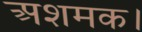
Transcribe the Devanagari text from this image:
अशमक।